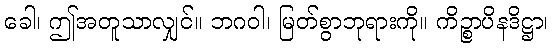
ခေါ၊ ဤအတူသာလျှင်။ ဘဂဝါ၊ မြတ်စွာဘုရားကို။ ကိဉ္စာပိနဒိဋ္ဌာ၊